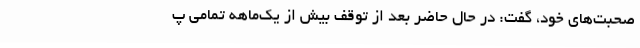
صحبت‌های خود، گفت: در حال حاضر بعد از توقف بیش از یک‌ماهه تمامی پ